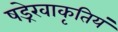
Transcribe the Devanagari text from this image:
षड्रेखाकृतियं